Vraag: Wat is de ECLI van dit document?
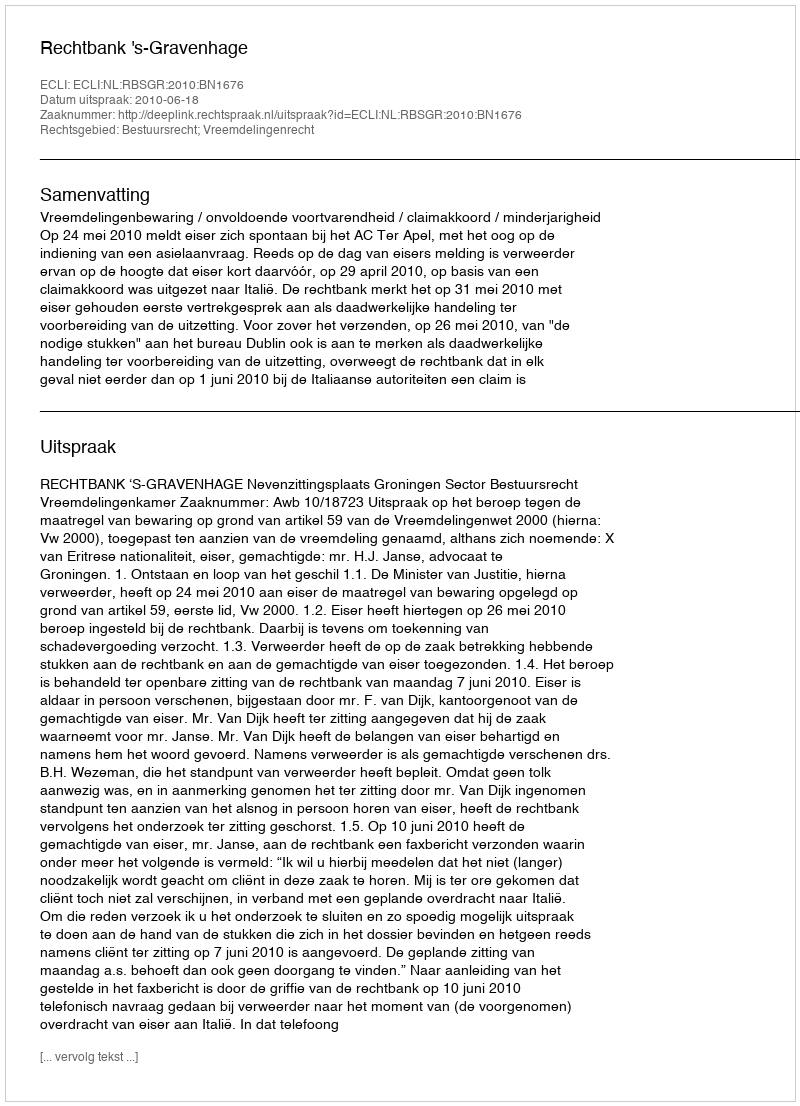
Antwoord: ECLI:NL:RBSGR:2010:BN1676